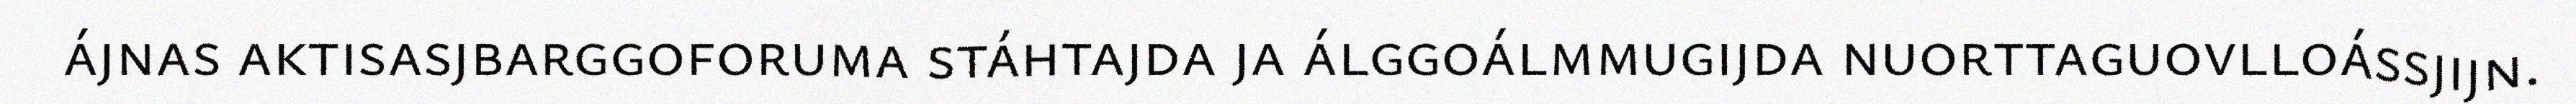
ájnas aktisasjbarggoforuma stáhtajda ja álggoálmmugijda nuorttaguovlloássjijn.